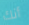
أنك